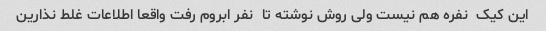
این کیک  نفره هم نیست ولی روش نوشته تا  نفر ابروم رفت واقعا اطلاعات غلط نذارین